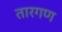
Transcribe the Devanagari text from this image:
तारगण